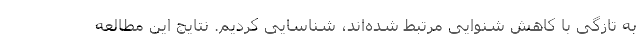
به تازگی با کاهش شنوایی مرتبط شده‌اند، شناسایی کردیم. نتایج این مطالعه